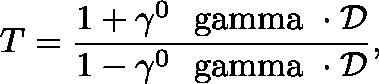
T = { \frac { 1 + \gamma ^ { 0 } \mathrm { \boldmath { ~ \ g a m m a ~ } } \cdot { \cal D } } { 1 - \gamma ^ { 0 } \mathrm { \boldmath { ~ \ g a m m a ~ } } \cdot { \cal D } } } ,